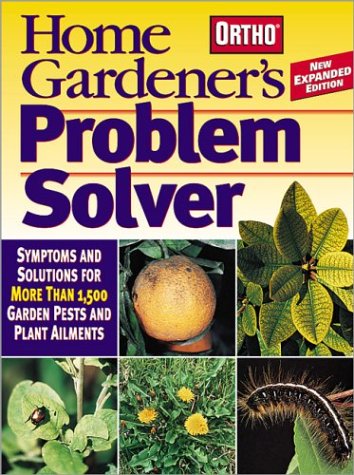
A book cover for Home Gardener's Problem Solver: Symptoms and Solutions for More Than 1,500 Garden Pests and Plant Ailments (Ortho Home Gardener's Problem Solver); Ortho; Crafts, Hobbies & Home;